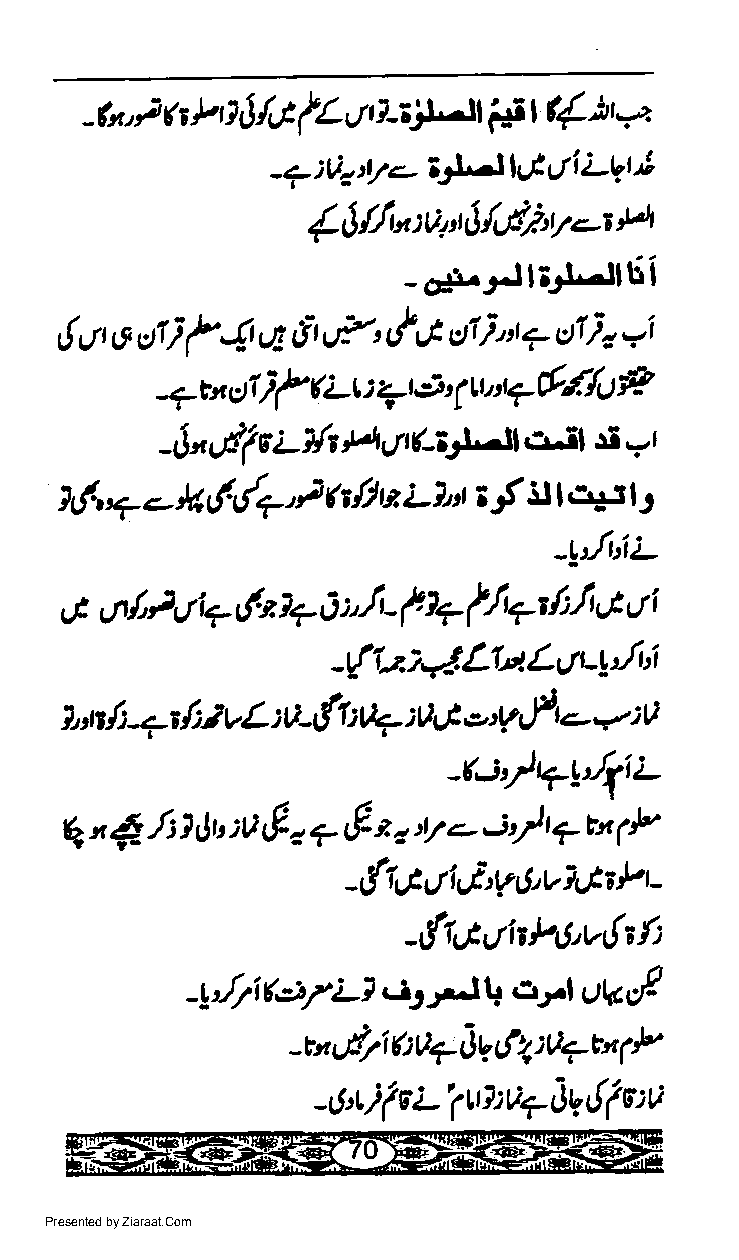
-h, t * P 0 J /,,t tL Ll tt-',j^-Jlt'S t ({ h *2
 itt'-ll&  Ly't
 -a )A, 17<.-      tli
 {,$i":q'tJ{d}"V'rH
 -o4r.e'tl;i-Jllii
 ,fu t,l r)ti t 4 uE g- t,1 -2, Lf 6' st i,r 7 cI ) s ai
 P
 )f     :
 ?tx  o1    ( Lt .t,5 4 tr,: t7fr{. fu
 fii-ll
 i-lh H'l         e-il rt
 [ "'fi e                     .!, t
 -
 7f,,+-- )*,y'dr)  $fi tt Ll't iy'rJ l'':'1,
 -yJr'iL
 tt
 C  o/'   +  d* t7 0 :"n - f 4 f/p /:'l'J tr i
 -r{1-2.;v{LtutL*yJ'i
 *
 1, :tr ls 4r {:} vL :V-r{l: t4 :V 4 o,v,f r - : A
 -{'}4yJ1i:-
 sf
 (*'
 q n 5,- .li 1 0' :a &, 7 rf o,y - | ? rn
 "
 _,ff U4Jt1 tJt rtt t J, v i,Jh P r -
 _rtCrti*Avthf:
 *JL   arl    tf
 -1J7\K*7L?,s2              t)U
 -w,lri t : v+ c;U,!Z : LtTEn /v
 rt,Li (
 E
 L'!tua?   JU,!( e :u
 Presented by Ziaraat.Com